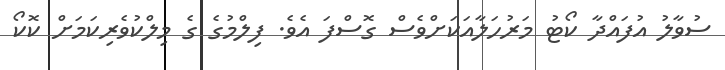
ސުވާލު އުފައްދާ ކޯޓު މަރުހަލާއަކަށްވެސް ގޮސްފަ އެވެ. ފިލްމުގެ ގެ މިލްކުވެރިކަމަށް ކޮކޯ